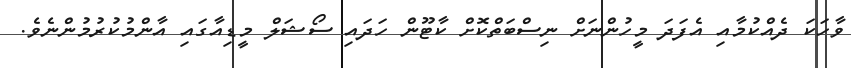
ވާހަކަ ދެއްކުމާއި އެފަދަ މީހުންނަށް ނިސްބަތްކޮށް ކާޓޫން ހަދައި ސޯޝަލް މީޑިއާގައި އާންމުކުރުމުންނެވެ.